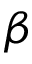
\beta